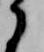
に